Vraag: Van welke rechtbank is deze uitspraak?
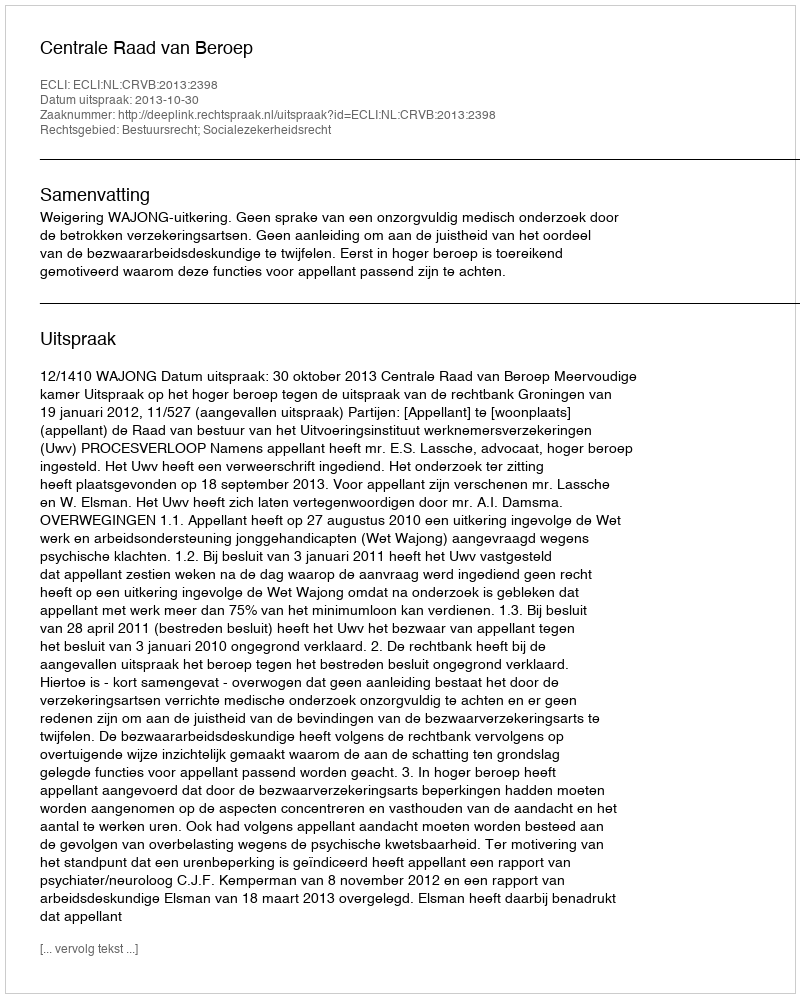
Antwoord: Centrale Raad van Beroep